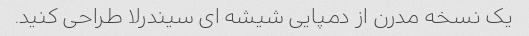
یک نسخه مدرن از دمپایی شیشه ای سیندرلا طراحی کنید.